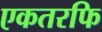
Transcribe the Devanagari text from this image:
एकतरफि